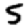
Digit: 5